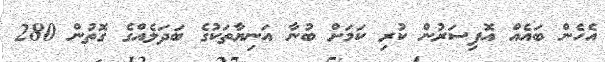
އެހެން ބައެއް އޮފިސަރުން ކުރި ކަމަށް ބުނާ އަނިޔާތަކުގެ ބަދަލެއްގެ ގޮތުން 280